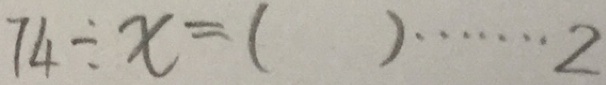
7 4 \div x = ( ) \cdots 2